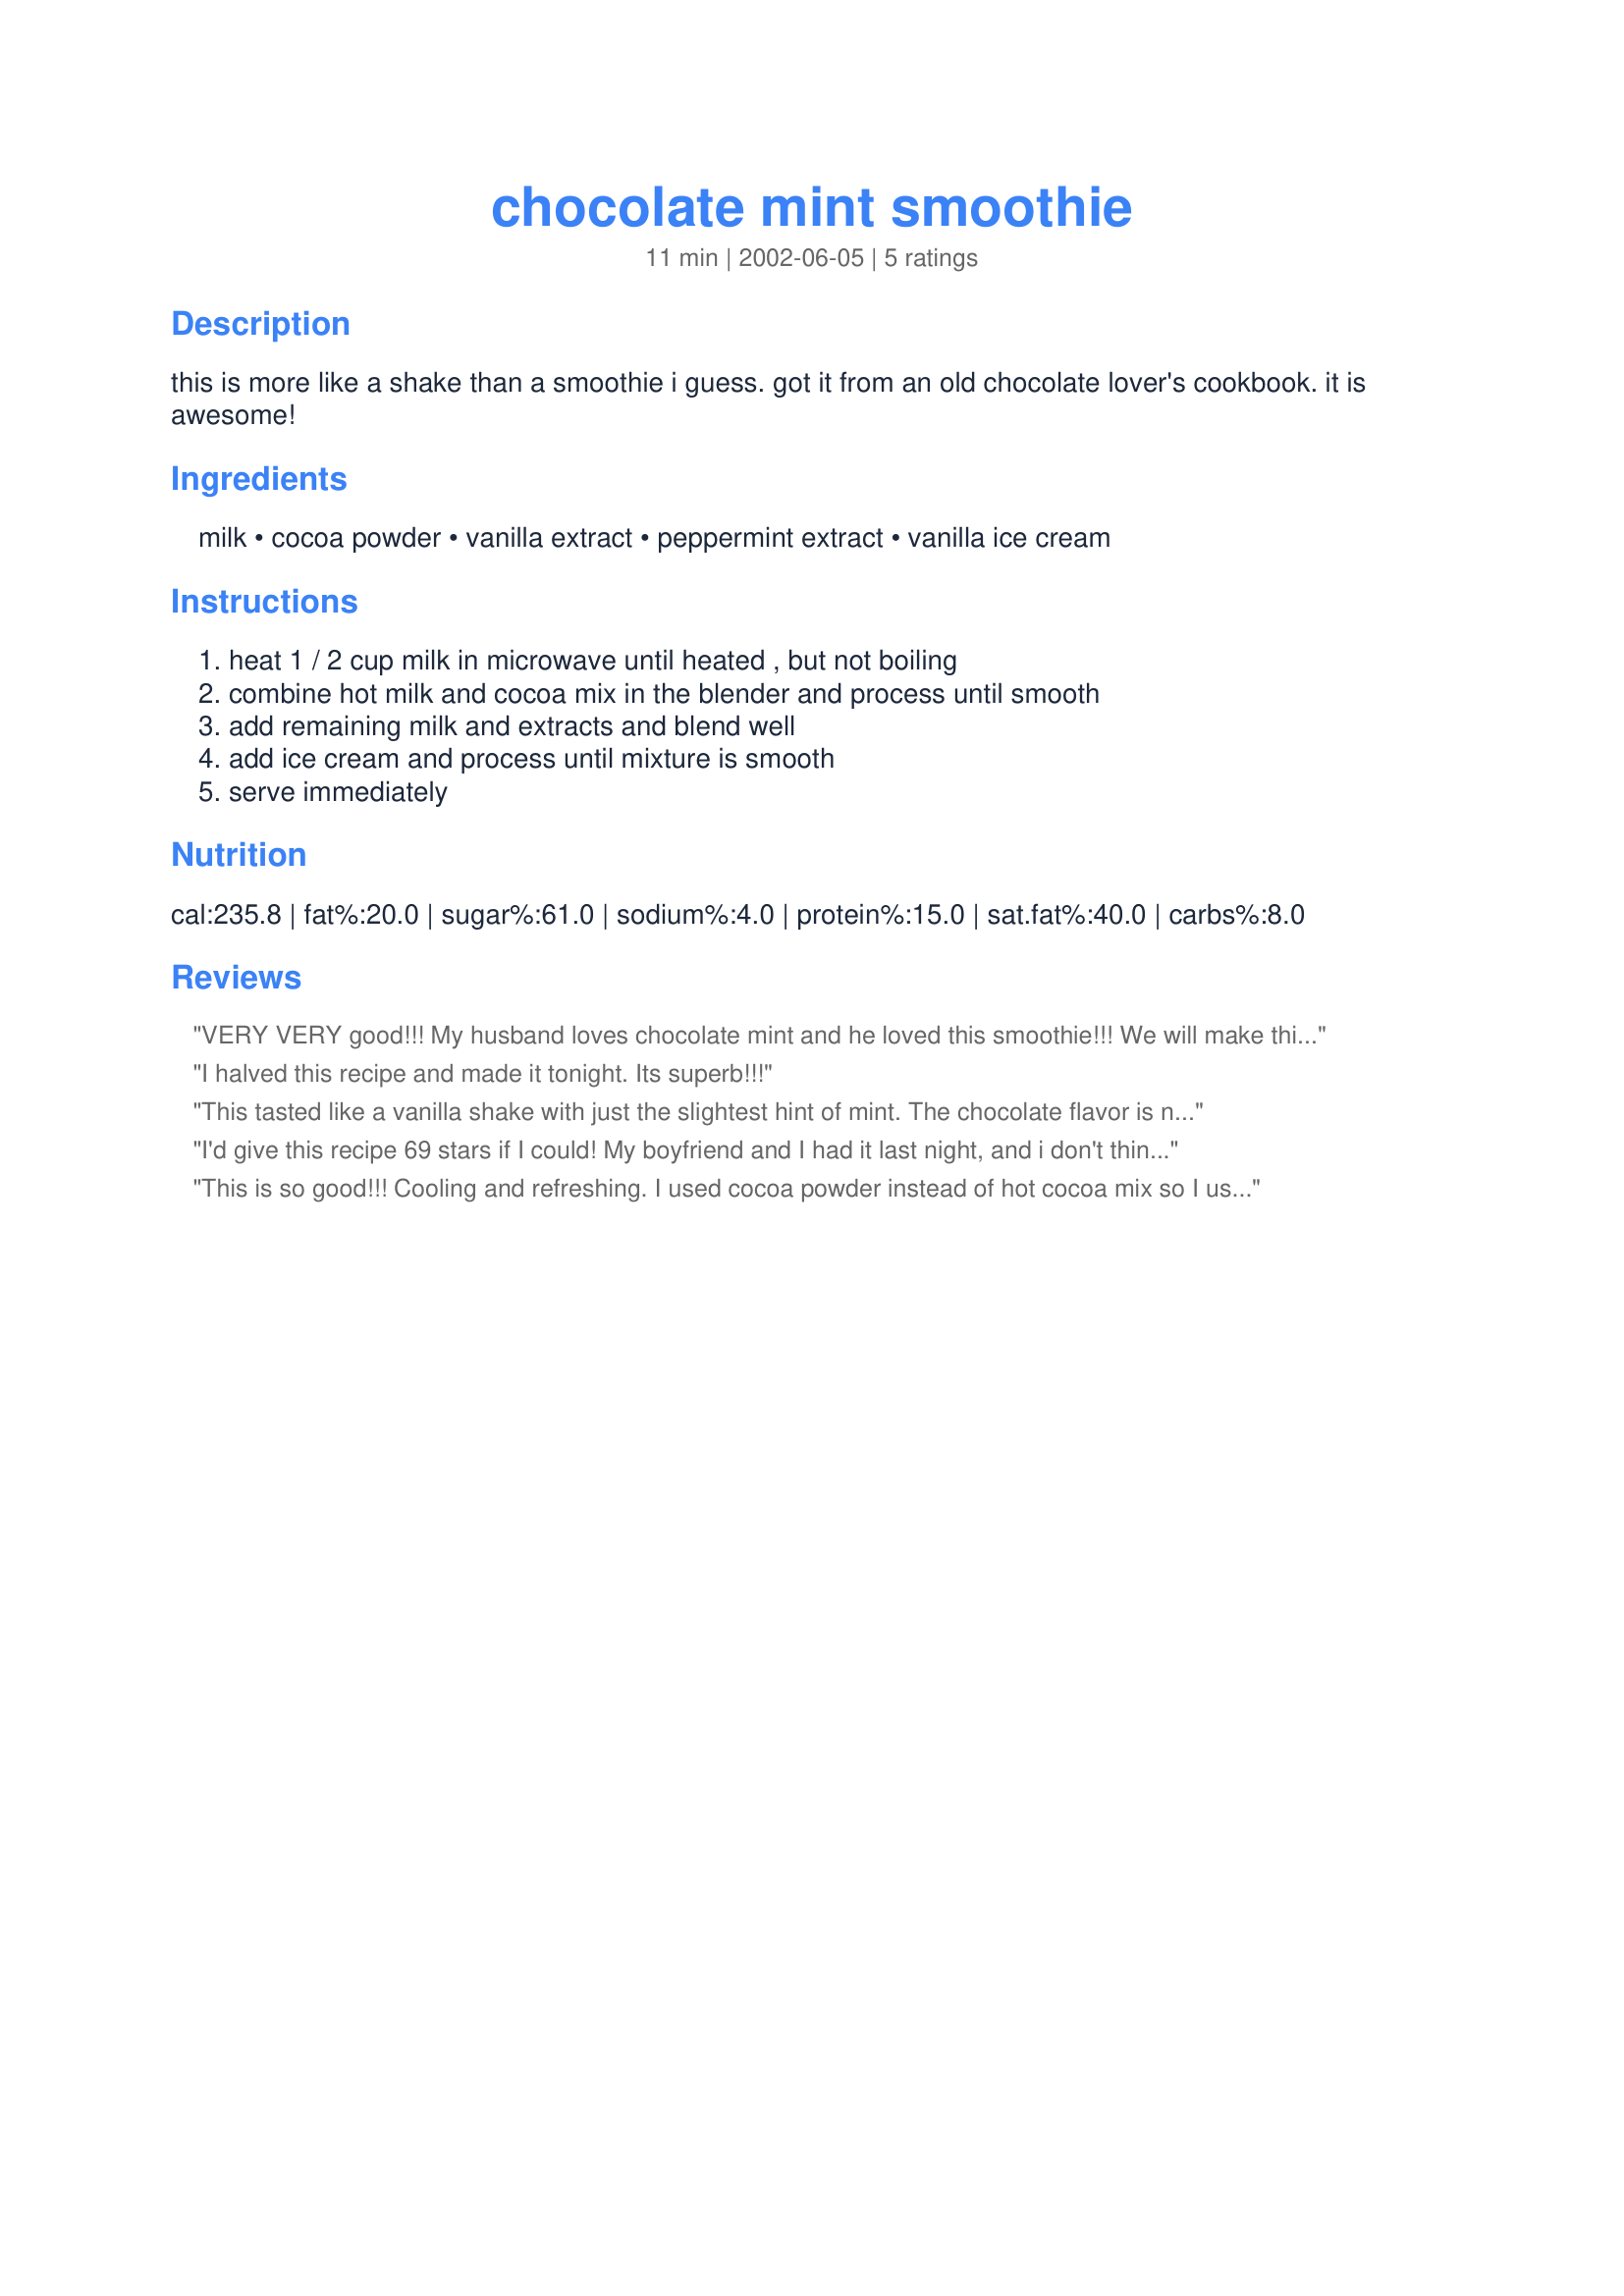
chocolate mint smoothie
Preparation time: 11 minutes

this is more like a shake than a smoothie i guess. got it from an old chocolate lover's cookbook. it is awesome!

Ingredients:
milk, cocoa powder, vanilla extract, peppermint extract, vanilla ice cream

Steps:
heat 1 / 2 cup milk in microwave until heated , but not boiling, combine hot milk and cocoa mix in the blender and process until smooth, add remaining milk and extracts and blend well, add ice cream and process until mixture is smooth, serve immediately

Reviews:
VERY VERY good!!! My husband loves chocolate mint and he loved this smoothie!!! We will make this again!!! Thanks for posting!!!
I halved this recipe and made it tonight. Its superb!!!
This tasted like a vanilla shake with just the slightest hint of mint. The chocolate flavor is nearly imperceptible.
I'd give this recipe 69 stars if I could! My boyfriend and I had it last night, and i don't think I've ever had sex better than that!
This is so good!!! Cooling and refreshing. I used cocoa powder instead of hot cocoa mix so I used 1 tsp. It worked great. Will definitely make again and again, thanks!!
